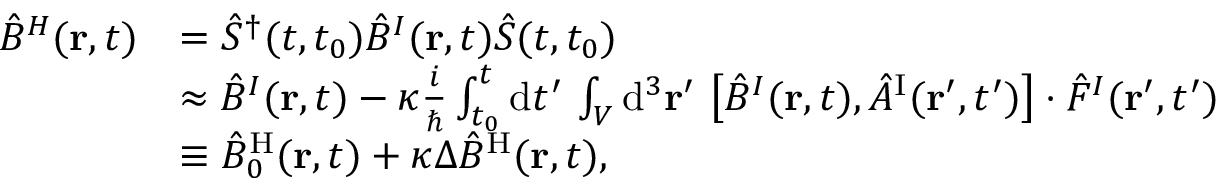
\begin{array} { r l } { \hat { B } ^ { H } ( { \bf r } , t ) } & { = \hat { S } ^ { \dagger } ( t , t _ { 0 } ) \hat { B } ^ { I } ( { \bf r } , t ) \hat { S } ( t , t _ { 0 } ) } \\ & { \approx \hat { B } ^ { I } ( { \bf r } , t ) - \kappa \frac { i } { \hbar } \int _ { t _ { 0 } } ^ { t } \mathrm { d } t ^ { \prime } \, \int _ { \cal V } \mathrm { d } ^ { 3 } { \bf r } ^ { \prime } \, \left[ \hat { B } ^ { I } ( { \bf r } , t ) , \hat { A } ^ { \mathrm { I } } ( { \bf r } ^ { \prime } , t ^ { \prime } ) \right] \cdot \hat { F } ^ { I } ( { \bf r } ^ { \prime } , t ^ { \prime } ) } \\ & { \equiv \hat { B } _ { 0 } ^ { \mathrm { H } } ( { \bf r } , t ) + \kappa \Delta \hat { B } ^ { \mathrm { H } } ( { \bf r } , t ) , } \end{array}